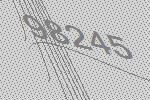
98245